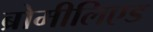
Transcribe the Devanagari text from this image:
ब्रोमीलिएड